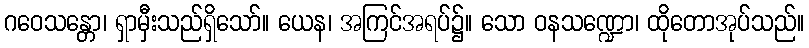
ဂဝေသန္တော၊ ရှာမှီးသည်ရှိသော်။ ယေန၊ အကြင်အရပ်၌။ သော ဝနသဏ္ဍော၊ ထိုတောအုပ်သည်။